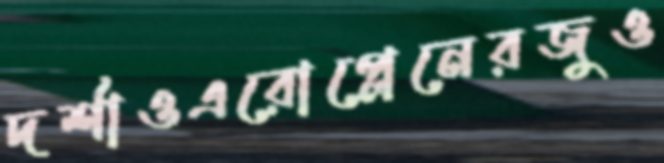
দর্শাওএরোপ্লেনেরজুও